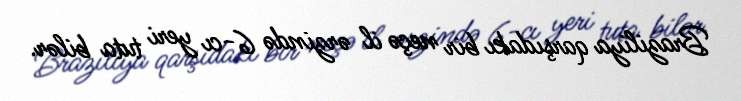
Braziliya qarşıdakı bir neçə il ərzində 6-cı yeri tuta bilər.